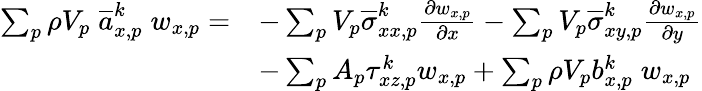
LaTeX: \begin{array}{rl}{\sum_{p}\rho V_{p}\; \overline{{a}}_{x,p}^{k}\; w_{x,p}=}&{-\sum_{p}V_{p}\overline{{\sigma}}_{xx,p}^{k}\frac{\partial w_{x,p}}{\partial x}-\sum_{p}V_{p}\overline{{\sigma}}_{xy,p}^{k}\frac{\partial w_{x,p}}{\partial y}}\\ &{-\sum_{p}A_{p}\tau_{xz,p}^{k}w_{x,p}+\sum_{p}\rho V_{p}b_{x,p}^{k}\; w_{x,p}}\end{array}